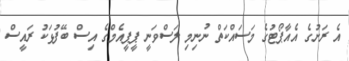
އެ ރަށުގެ އެއާޕޯޓުގެ މަސައްކަތް ނުނިމި ލަސްވަނީ ޕީޕީއެމްގެ އިސް ބޭފުޅަކު ރައީސް